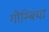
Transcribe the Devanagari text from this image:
गौम्बिया